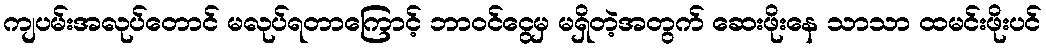
ကျပမ်းအလုပ်တောင် မလုပ်ရတာကြောင့် ဘာဝင်ငွေမှ မရှိတဲ့အတွက် ဆေးဖိုးနေ သာသာ ထမင်းဖိုးပင်